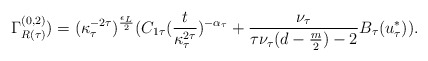
\begin{align*}\Gamma_{R (\tau)}^{(0,2)}) = (\kappa_{\tau}^{-2 \tau})^{\frac{\epsilon_{L}}{2}} (C_{1 \tau} (\frac{t}{\kappa_{\tau}^{2 \tau}})^{- \alpha_{\tau}} + \frac{\nu_{\tau}}{\tau \nu_{\tau}(d - \frac{m}{2}) -2} B_{\tau}(u_{\tau}^{*})).\end{align*}